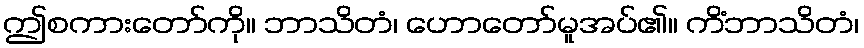
ဤစကားတော်ကို။ ဘာသိတံ၊ ဟောတော်မူအပ်၏။ ကိံဘာသိတံ၊